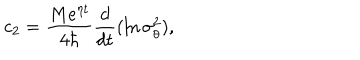
c _ { 2 } = \frac { M e ^ { \eta t } } { 4 \hbar } \frac d { d t } ( \ln \sigma _ { \theta } ^ { 2 } ) ,